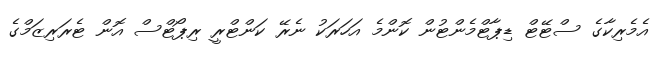
އެމެރިކާގެ ސްޓޭޓް ޑިޕާޓްމެންޓުން ކޮންމެ އަހަރަކު ނެރޭ ކަންޓްރީ ރިޕޯޓްސް އޮން ޓެރަރިޒަމްގެ